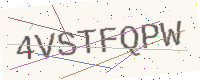
Text: 4VSTFQPW